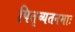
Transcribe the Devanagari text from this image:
पितृव्यतनमाः